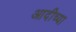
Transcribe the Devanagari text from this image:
आदीच्या